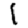
Digit: 1